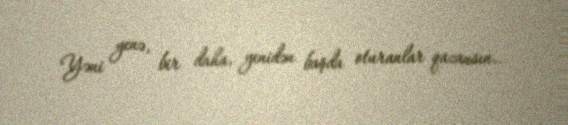
Yəni yenə, bir daha, yenidən başda oturanlar qazansın..